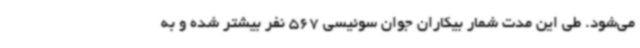
می‌شود. طی این مدت شمار بیکاران جوان سوئیسی 567 نفر بیشتر شده و به